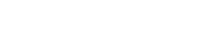
လောဟိစ္စဗြာဟ္မဏဝတ္ထု